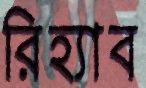
রিহ্যাব